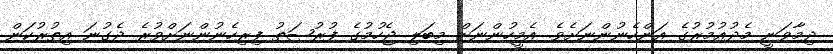
ދިމާވަނީ މެދުއުމުރުގެ އަންހެނުންނަށެވެ. އެމީހުންނަށް މިބަލި ޖެހުމުގެ ފުރުޞަތު ފިރިހެނުންނަށްވުރެ ދެގުނަ އިތުރުކަން